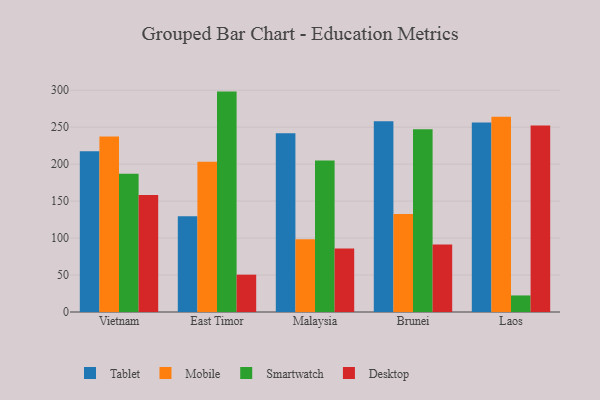
{"axis": {"x": "Country", "y": "Shipments"}, "legend": ["Desktop", "Mobile", "Smartwatch", "Tablet"], "data": [{"x": "Vietnam", "y": 217.3, "type": "Tablet"}, {"x": "Vietnam", "y": 237.5, "type": "Mobile"}, {"x": "Vietnam", "y": 187.0, "type": "Smartwatch"}, {"x": "Vietnam", "y": 158.3, "type": "Desktop"}, {"x": "East Timor", "y": 129.6, "type": "Tablet"}, {"x": "East Timor", "y": 203.3, "type": "Mobile"}, {"x": "East Timor", "y": 298.1, "type": "Smartwatch"}, {"x": "East Timor", "y": 50.5, "type": "Desktop"}, {"x": "Malaysia", "y": 241.8, "type": "Tablet"}, {"x": "Malaysia", "y": 98.3, "type": "Mobile"}, {"x": "Malaysia", "y": 205.0, "type": "Smartwatch"}, {"x": "Malaysia", "y": 85.9, "type": "Desktop"}, {"x": "Brunei", "y": 258.0, "type": "Tablet"}, {"x": "Brunei", "y": 132.5, "type": "Mobile"}, {"x": "Brunei", "y": 247.3, "type": "Smartwatch"}, {"x": "Brunei", "y": 91.4, "type": "Desktop"}, {"x": "Laos", "y": 256.2, "type": "Tablet"}, {"x": "Laos", "y": 264.1, "type": "Mobile"}, {"x": "Laos", "y": 22.4, "type": "Smartwatch"}, {"x": "Laos", "y": 252.4, "type": "Desktop"}]}